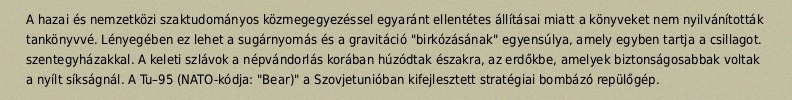
A hazai és nemzetközi szaktudományos közmegegyezéssel egyaránt ellentétes állításai miatt a könyveket nem nyilvánították tankönyvvé. Lényegében ez lehet a sugárnyomás és a gravitáció "birkózásának" egyensúlya, amely egyben tartja a csillagot. szentegyházakkal. A keleti szlávok a népvándorlás korában húzódtak északra, az erdőkbe, amelyek biztonságosabbak voltak a nyílt síkságnál. A Tu–95 (NATO-kódja: "Bear)" a Szovjetunióban kifejlesztett stratégiai bombázó repülőgép.